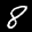
Label: 8